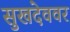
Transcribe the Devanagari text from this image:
सुखदेववर